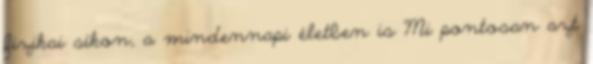
fizikai síkon, a mindennapi életben is Mi pontosan azt